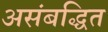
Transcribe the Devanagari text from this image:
असंबद्धित